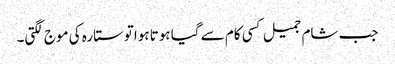
جب شام جمیل کسی کام سے گیا ہوتا ہواتوستارہ کی موج لگتی۔